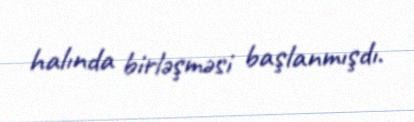
halında birləşməsi başlanmışdı.